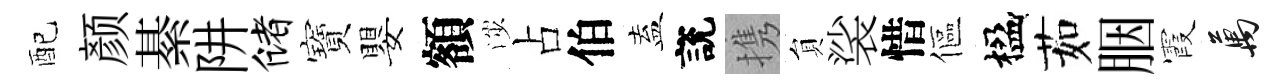
配颜綦阱储寶嬰額渉占伯盍說携貟裟惜傴楹茹胭霞萬